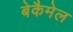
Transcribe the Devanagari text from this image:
बेकैमेल